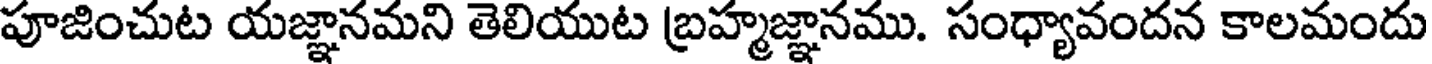
పూజించుట యజ్ఞానమని తెలియుట బ్రహ్మజ్ఞానము. సంధ్యావందన కాలమందు